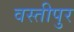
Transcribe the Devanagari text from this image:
वस्तीपुर